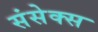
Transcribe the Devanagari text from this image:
संसेक्स